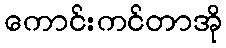
ကောင်းကင်တာအို